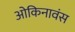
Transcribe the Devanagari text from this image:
ओकिनावंस